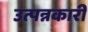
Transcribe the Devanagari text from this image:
उत्पन्नकारी